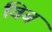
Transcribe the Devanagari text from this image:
विब